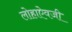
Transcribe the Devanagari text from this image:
लोहाऐवजी